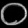
Digit: ၀